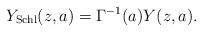
LaTeX: \begin{gather*}Y_{\rm Schl}(z,a)=\Gamma^{-1}(a)Y(z,a).\end{gather*}